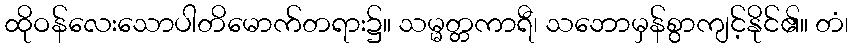
ထိုဝန်လေးသောပါတိမောက်တရား၌။ သမ္မတ္တကာရီ၊ သဘောမှန်စွာကျင့်နိုင်၏။ တံ၊